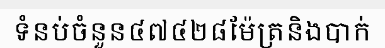
ទំនប់ចំនួន៤៧៤២៨ម៉ែត្រនិងបាក់